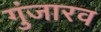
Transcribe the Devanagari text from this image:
गुंजारव